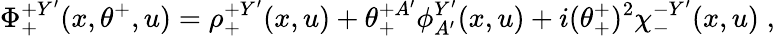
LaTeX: \Phi_{+}^{+Y^{\prime}}(x,\theta^{+},u)=\rho_{+}^{+Y^{\prime}}(x,u)+\theta_{+}^{+A^{\prime}}\phi_{A^{\prime}}^{Y^{\prime}}(x,u)+i(\theta_{+}^{+})^{2}\chi_{-}^{-Y^{\prime}}(x,u)\; ,